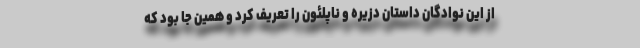
از این نوادگان داستان دزیره و ناپلئون را تعریف کرد و همین جا بود که